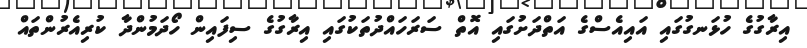
އިރާގުގެ ހުޅަނގުގައި އައިއެސްގެ އަތްދަށުގައި އޮތް ސަރަހައްދުތަކުގައި އިރާގުގެ ސިފައިން ހޯދަމުންދާ ކުރިއެރުންތައް